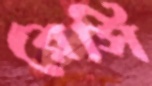
রেসি